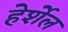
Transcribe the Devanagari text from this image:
हेर्शेल